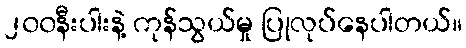
၂၀၀နီးပါးနဲ့ ကုန်သွယ်မှု ပြုလုပ်နေပါတယ်။